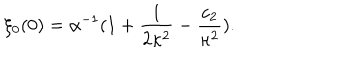
\xi _ { 0 } ( 0 ) = \alpha ^ { - 1 } ( 1 + \frac { 1 } { 2 \kappa ^ { 2 } } - \frac { c _ { 2 } } { \kappa ^ { 2 } } ) .